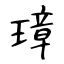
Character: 璋